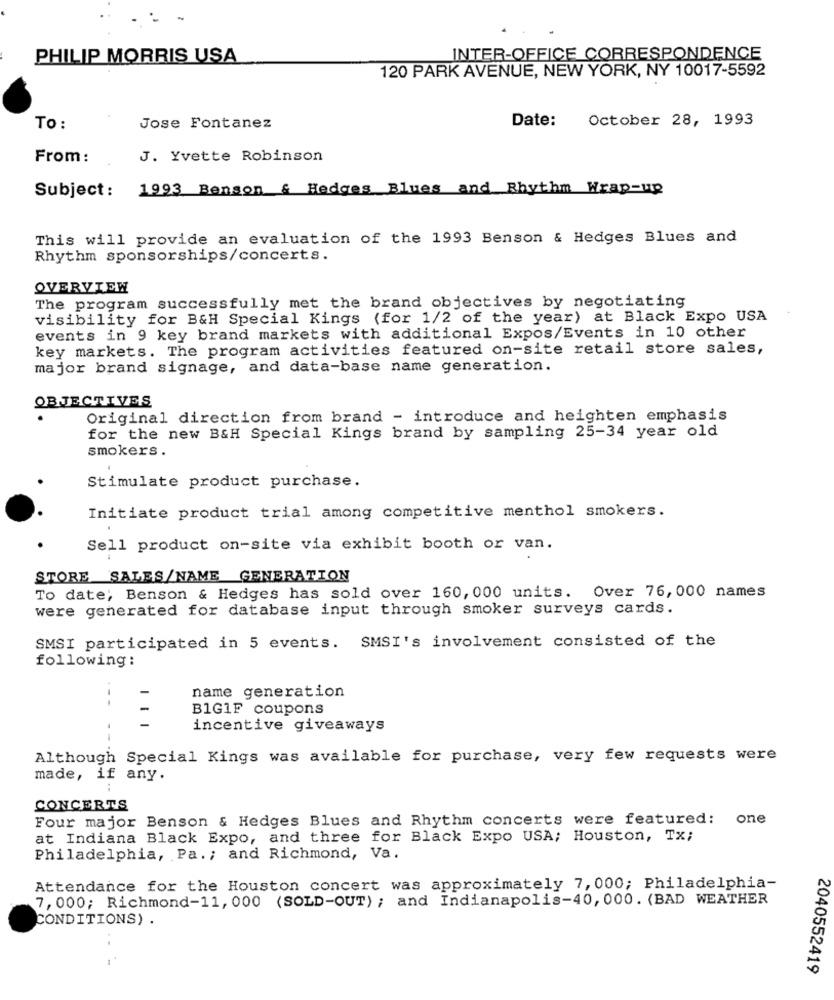
PHILIP MORRIS USA
INTER-OFFICE CORRESPONDENCE
120 PARK AVENUE, NEW YORK, NY 10017-5592
Date:
October 28, 1993
To :
Jose Fontanez
From :
J. Yvette Robinson
Subject: 1993 Benson & Hedges Blues and Rhythm Wrap-up
This will provide an evaluation of the 1993 Benson & Hedges Blues and
Rhythm sponsorships/concerts.
OVERVIEW
The program successfully met the brand objectives by negotiating
visibility for B&H Special Kings (for 1/2 of the year) at Black Expo USA
events in 9 key brand markets with additional Expos/Events in 10 other
key markets. The program activities featured on-site retail store sales,
major brand signage, and data-base name generation.
OBJECTIVES
Original direction from brand - introduce and heighten emphasis
for the new B&H Special Kings brand by sampling 25-34 year old
smokers.
Stimulate product purchase.
Initiate product trial among competitive menthol smokers.
Sell product on-site via exhibit booth or van.
STORE SALES/NAME GENERATION
To date; Benson & Hedges has sold over 160, 000 units. Over 76, 000 names
were generated for database input through smoker surveys cards.
SMSI participated in 5 events. SMSI's involvement consisted of the
following :
name generation
B1G1F coupons
incentive giveaways
Although Special Kings was available for purchase, very few requests were
made, if any.
CONCERTS
Four major Benson & Hedges Blues and Rhythm concerts were featured:
one
at Indiana Black Expo, and three for Black Expo USA; Houston, Tx;
Philadelphia, Pa .; and Richmond, Va.
Attendance for the Houston concert was approximately 7, 000; Philadelphia-
7, 000; Richmond-11, 000 (SOLD-OUT) ; and Indianapolis-40, 000. (BAD WEATHER
CONDITIONS) .
2040552419